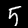
Digit: 5